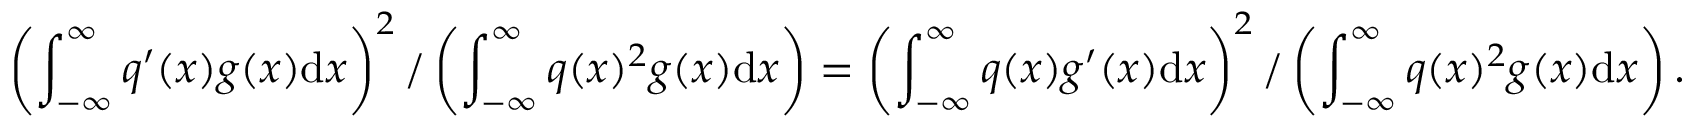
\left( \int _ { - \infty } ^ { \infty } q ^ { \prime } ( x ) g ( x ) \mathrm { d } x \right) ^ { 2 } \slash \left( \int _ { - \infty } ^ { \infty } q ( x ) ^ { 2 } g ( x ) \mathrm { d } x \right) = \left( \int _ { - \infty } ^ { \infty } q ( x ) g ^ { \prime } ( x ) \mathrm { d } x \right) ^ { 2 } \slash \left( \int _ { - \infty } ^ { \infty } q ( x ) ^ { 2 } g ( x ) \mathrm { d } x \right) .